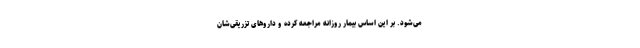
می‌شود. بر این اساس بیمار روزانه مراجعه کرده و داروهای تزریقی‌شان